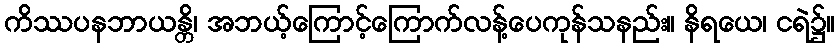
ကိဿပနဘာယန္တိ၊ အဘယ့်ကြောင့်ကြောက်လန့်ပေကုန်သနည်း။ နိရယေ၊ ငရဲ၌။